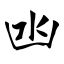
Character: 凼